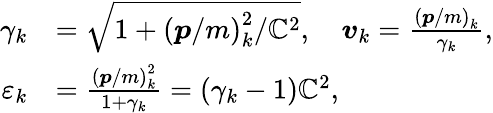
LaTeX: \begin{array}{rl}{\gamma_{k}}&{=\sqrt{1+\left(\boldsymbol{p}/m\right)_{k}^{2}/\mathbb{C}^{2}},\quad\boldsymbol{v}_{k}=\frac{\left(\boldsymbol{p}/m\right)_{k}}{\gamma_{k}},}\\ {\varepsilon_{k}}&{=\frac{\left(\boldsymbol{p}/m\right)_{k}^{2}}{1+\gamma_{k}}=\left(\gamma_{k}-1\right)\mathbb{C}^{2},}\end{array}